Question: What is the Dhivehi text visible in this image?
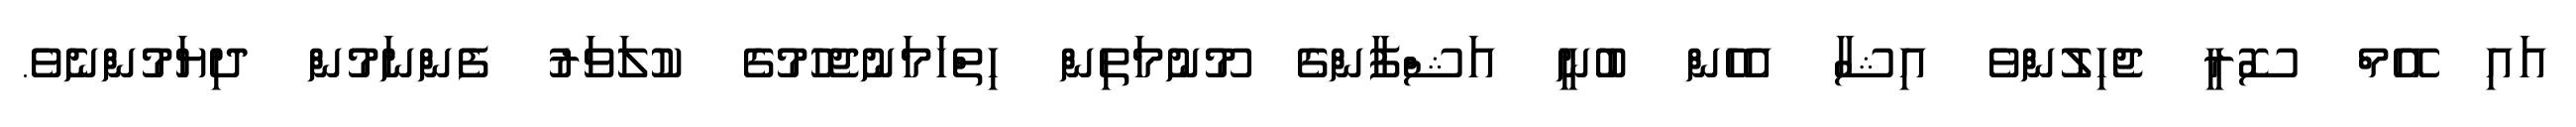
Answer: އައި އޭމް ސޮރީ ޖެހިލުންވެ އިޝާ އެހެން ބުނީ އަޝްފާންގެ މޫނުމަތިން ހިތްހަމަނުޖެހުމުގެ ކުލަވަރު ފެންނަމުން ދިޔަމުންނެވެ.